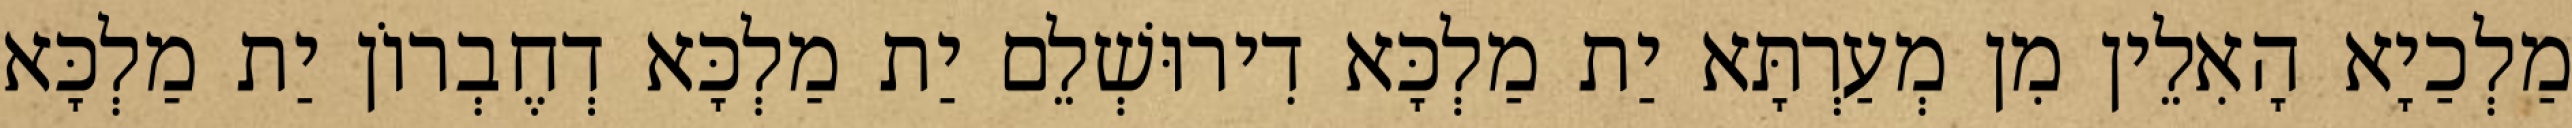
מַלְכַיָא הָאִלֵין מִן מְעַרְתָּא יַת מַלְכָּא דִירוּשְׁלֵם יַת מַלְכָּא דְחֶבְרוֹן יַת מַלְכָּא